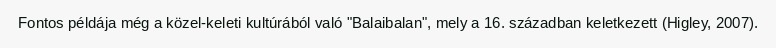
Fontos példája még a közel-keleti kultúrából való "Balaibalan", mely a 16. században keletkezett (Higley, 2007).